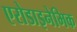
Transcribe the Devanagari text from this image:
एरोडाइनेमिक